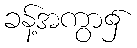
ခန့်အကွာ၌